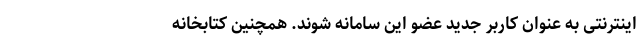
اینترنتی به عنوان کاربر جدید عضو این سامانه شوند. همچنین کتابخانه